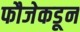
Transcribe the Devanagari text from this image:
फौजेकडून